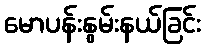
မောပန်းနွမ်းနယ်ခြင်း